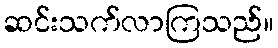
ဆင်းသက်လာကြသည်။